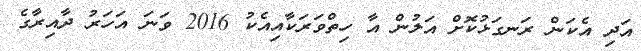
އަދި އެކަން ރަނގަޅުކޮށް އަލުން އާ ހިތްވަރަކާއިއެކު 2016 ވަނަ އަަހަރު ދާއިރާގެ